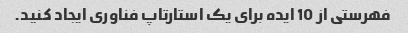
فهرستی از 10 ایده برای یک استارتاپ فناوری ایجاد کنید.